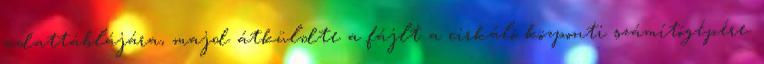
adattáblájára, majd átküldte a fájlt a cirkáló központi számítógépére.